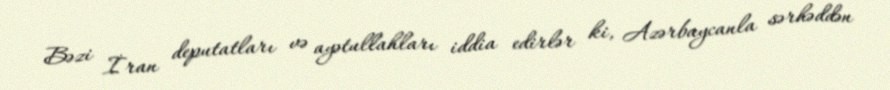
Bəzi İran deputatları və ayətullahları iddia edirlər ki, Azərbaycanla sərhəddən